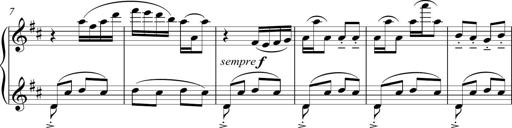
Title: Sonatina del HuÃ©car
Composer: JosÃ© Miguel Moreno Sabio